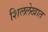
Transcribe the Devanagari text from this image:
शिललेखात